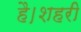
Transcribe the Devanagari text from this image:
है।शहरी